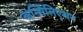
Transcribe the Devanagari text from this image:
कन्सिलिएशन